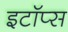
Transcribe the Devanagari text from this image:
इटॉप्स